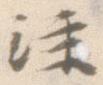
注